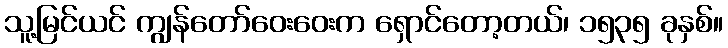
သူ့မြင်ယင် ကျွန်တော်ဝေးဝေးက ရှောင်တော့တယ်၊ ၁၅၃၅ ခုနှစ်။